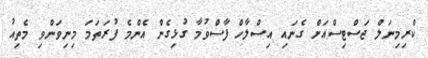
ކްރިމިނަލް ޖަސްޓިސްއަށް ގެނައި އިސްލާހް ފާސްވުމާ ގުޅިގެން އެންމެ ފުރަތަމަ މިނިވަންވި މެތިއު